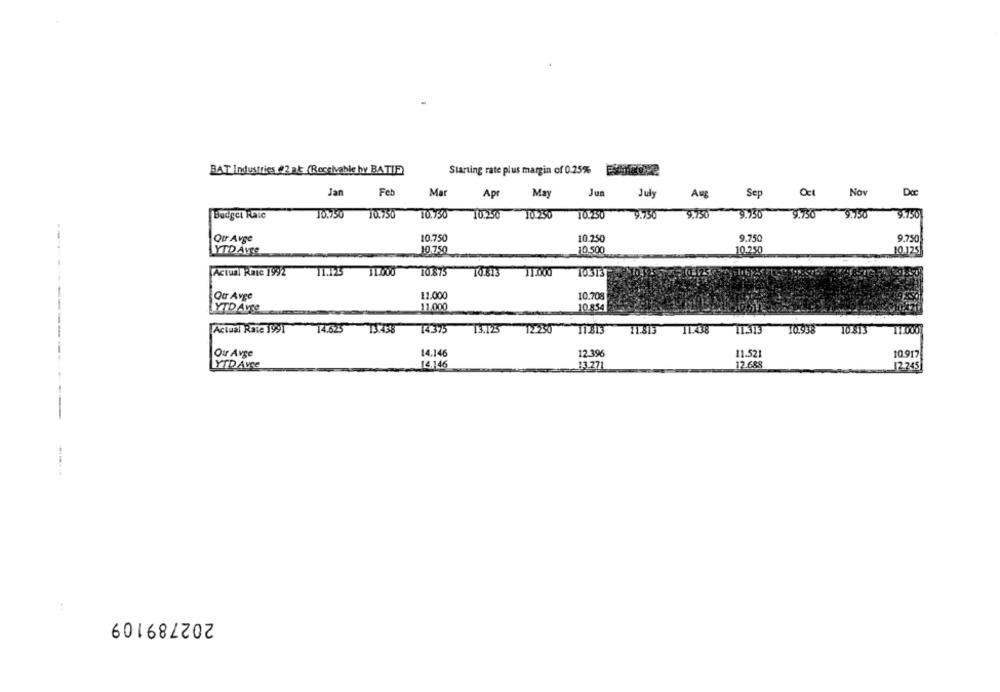
BAT Industries (22 at (Receivable hy BATIF)
Starting rate plus margin of 0.25%
Jan
Feb
Mar
Apr
May
Jun
July
Aug
Sep
Oct
Nov
Doc
Budget Raic
10.750
10.750
10.750
10.250
10.250
9.750
9.750
9.750
9.750
9.750
9.750
--
Qur Avge
10.750
10.250
9.750
9.750
10.500
YTD Avre
10.750
10.250
10.125
Actual Rate 199/2
11.123
11.000
10.875
TO.813
10.313
Qur Avge
11.000
10.708
YTD Avte
11.000
10.854
Actual Rate 1991
14.623
13.438
14.375
13.123
12.250
11.813
11.813 11.438
11.313
10.938
Our Avge
14.146
12.396
11.52
10.917
YTD Ave
14.146
13.271
12.688
12 245
202789109